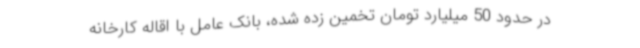
در حدود 50 میلیارد تومان تخمین زده شده، بانک عامل با اقاله کارخانه